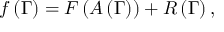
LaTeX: f \left( \Gamma \right) = F \left( A \left( \Gamma \right) \right) + R \left( \Gamma \right) ,